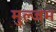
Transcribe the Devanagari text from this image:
मुल्जम